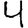
Digit: 4